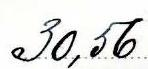
30,56